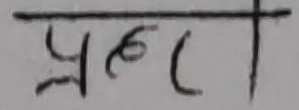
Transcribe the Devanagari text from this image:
प्रह्लता